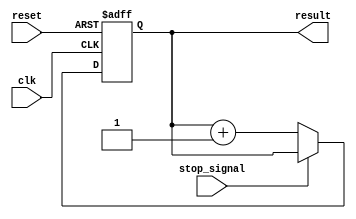
module RepeatLoop(
    input wire clk,         // Clock signal
    input wire reset,       // Reset signal (active high)
    input wire stop_signal, // Signal used to interrupt the loop
    output reg [7:0] result // Example output
);

    // Initialization
    initial begin
        result = 8'b0; // Initialize result
    end

    // Main block
    always @(posedge clk or posedge reset) begin
        if (reset) begin
            // Reset logic: initialize or set state
            result <= 8'b0;
        end else if (~stop_signal) begin
            // This represents the infinite loop
            // You can put any desired processing code here

            // Example execution statements
            // Here we are just incrementing result continuously for demonstration
            result <= result + 1;

            // Include other operations as needed.
            // Be mindful of blocking operations that could starve the resources.
        end else begin
            // Logic to handle if stop_signal is high
            // Graceful exit or state transition actions can be handled here.
        end
    end

endmodule